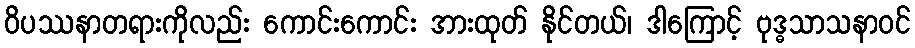
ဝိပဿနာတရားကိုလည်း ကောင်းကောင်း အားထုတ် နိုင်တယ်၊ ဒါကြောင့် ဗုဒ္ဓသာသနာဝင်